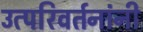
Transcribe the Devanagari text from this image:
उत्परिवर्तनांनी